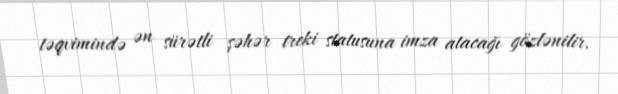
təqvimində ən sürətli şəhər treki statusuna imza atacağı gözlənilir.